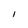
Character: I